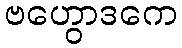
ဗဟွောဒကေ